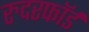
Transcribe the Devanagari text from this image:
रुदरफॉर्ड